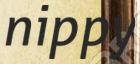
nippy